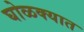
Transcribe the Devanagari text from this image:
घोळक्यात